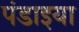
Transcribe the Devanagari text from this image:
पंडाइया